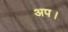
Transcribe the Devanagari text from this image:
अप।